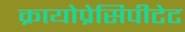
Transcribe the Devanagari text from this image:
क्रायोप्रेसिपीटेट